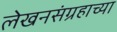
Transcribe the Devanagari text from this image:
लेखनसंग्रहाच्या